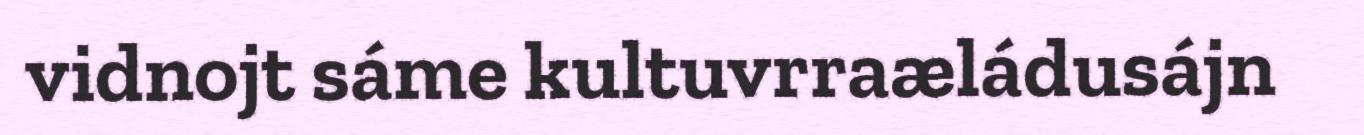
vidnojt sáme kultuvrraæládusájn